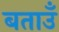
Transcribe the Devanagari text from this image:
बताउँ